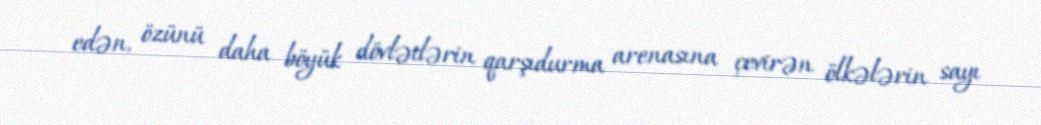
edən, özünü daha böyük dövlətlərin qarşıdurma arenasına çevirən ölkələrin sayı